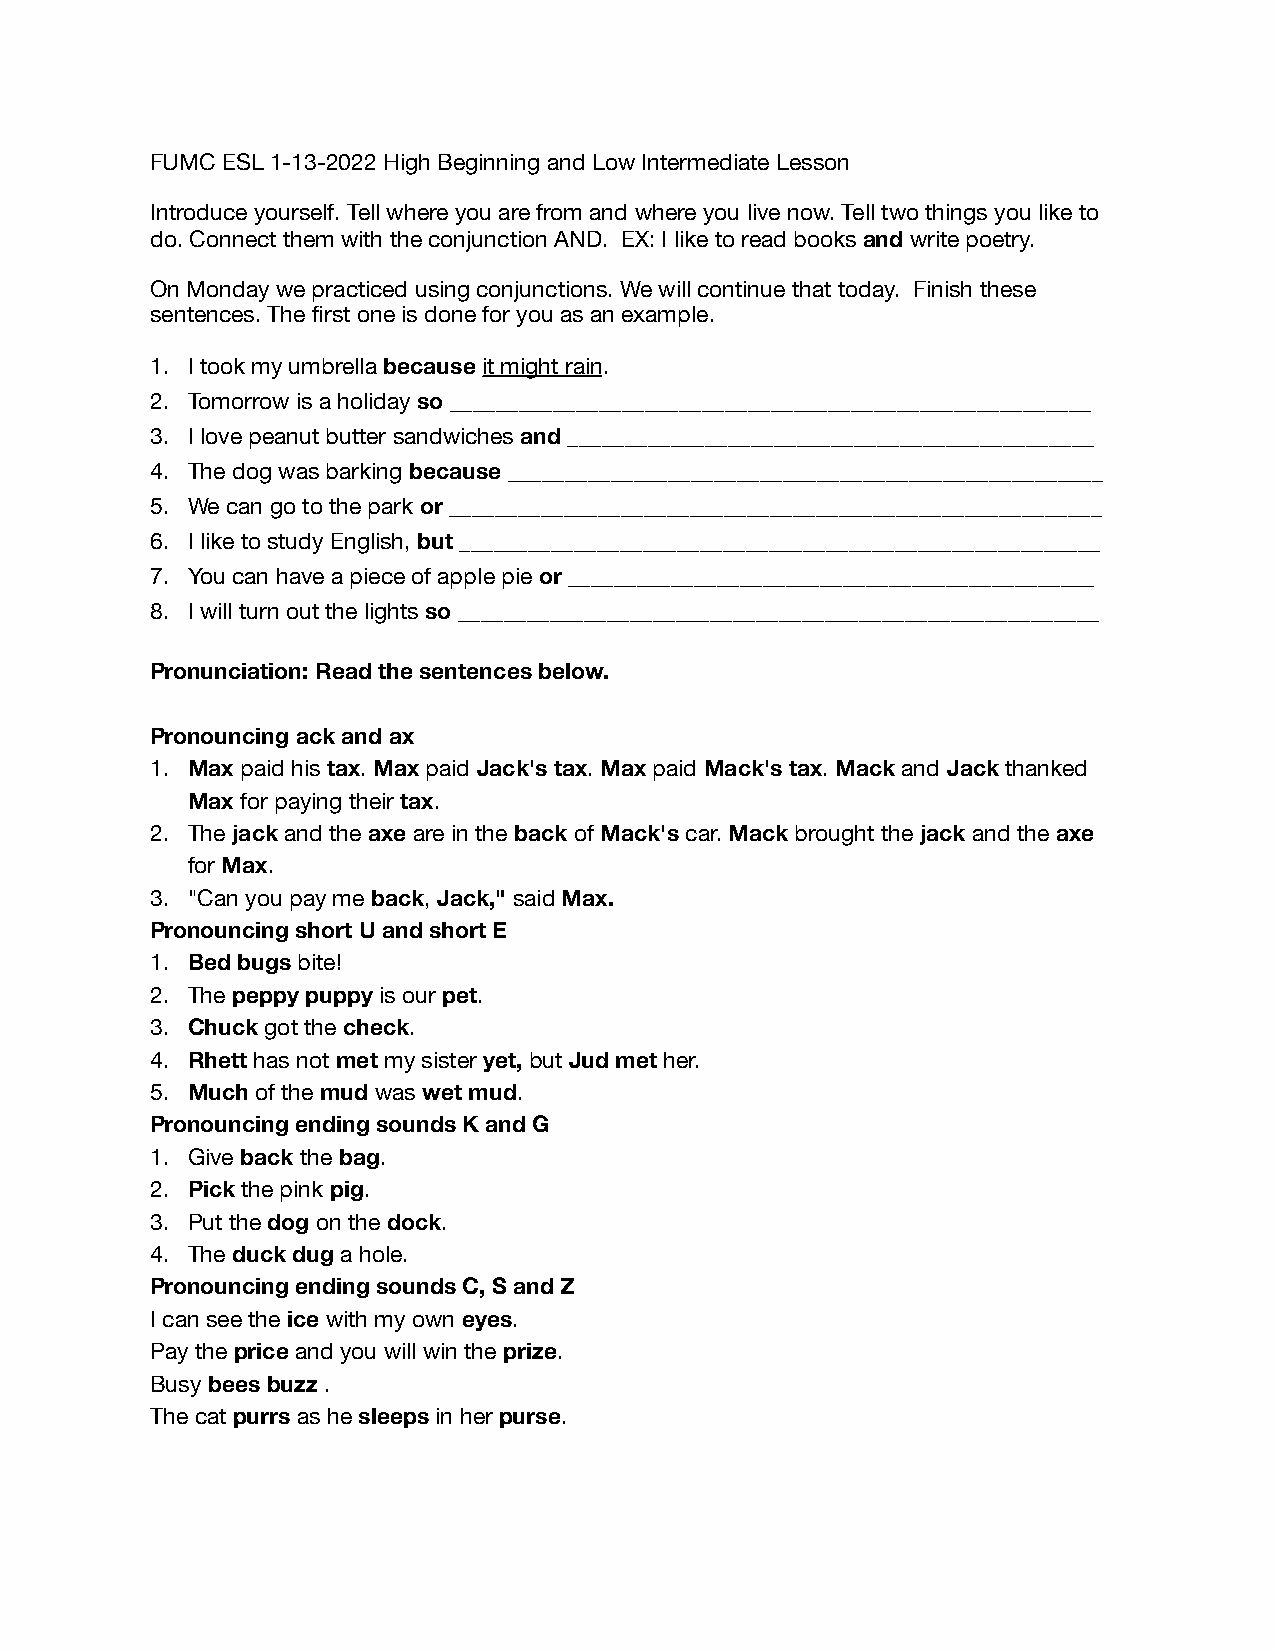
FUMC ESL 1-13-2022 High Beginning and Low Intermediate Lesson
 Introduce yourself. Tell where you are from and where you live now. Tell two things you like to
 do. Connect them with the conjunction AND. EX: I like to read books and write poetry.
 On Monday we practiced using conjunctions. We will continue that today. Finish these
 sentences. The first one is done for you as an example.
 1. I took my umbrella because it might rain.
 2. Tomorrow is a holiday so ________________________________________________________
 3. I love peanut butter sandwiches and ______________________________________________
 4. The dog was barking because ____________________________________________________
 5. We can go to the park or _________________________________________________________
 6. I like to study English, but ________________________________________________________
 7. You can have a piece of apple pie or ______________________________________________
 8. I will turn out the lights so ________________________________________________________
 Pronunciation: Read the sentences below.
 Pronouncing ack and ax
 1. Max paid his tax. Max paid Jack's tax. Max paid Mack's tax. Mack and Jack thanked
 Max for paying their tax.
 2. The jack and the axe are in the back of Mack's car. Mack brought the jack and the axe
 for Max.
 3. "Can you pay me back, Jack," said Max.
 Pronouncing short U and short E
 1. Bed bugs bite!
 2. The peppy puppy is our pet.
 3. Chuck got the check.
 4. Rhett has not met my sister yet, but Jud met her.
 5. Much of the mud was wet mud.
 Pronouncing ending sounds K and G
 1. Give back the bag.
 2. Pick the pink pig.
 3. Put the dog on the dock.
 4. The duck dug a hole.
 Pronouncing ending sounds C, S and Z
 I can see the ice with my own eyes.
 Pay the price and you will win the prize.
 Busy bees buzz .
 The cat purrs as he sleeps in her purse.